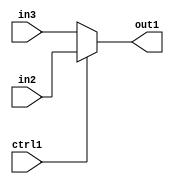
`timescale 1ps / 1ps
/*****************************************************************************
    Verilog RTL Description
    
    
    Created by: Stratus DpOpt 2019.1.01 
*******************************************************************************/

module dut_N_Mux_3_2_0_4 (
	in3,
	in2,
	ctrl1,
	out1
	); /* architecture "behavioural" */ 
input [2:0] in3,
	in2;
input  ctrl1;
output [2:0] out1;
wire [2:0] asc001;

reg [2:0] asc001_tmp_0;
assign asc001 = asc001_tmp_0;
always @ (ctrl1 or in2 or in3) begin
	case (ctrl1)
		1'B1 : asc001_tmp_0 = in2 ;
		default : asc001_tmp_0 = in3 ;
	endcase
end

assign out1 = asc001;
endmodule

/* CADENCE  uLX5Sgk= : u9/ySgnWtBlWxVPRXgAZ4Og= ** DO NOT EDIT THIS LINE ******/